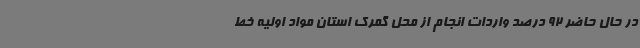
در حال حاضر 92 درصد واردات انجام ‌از محل گمرک استان مواد اولیه خط